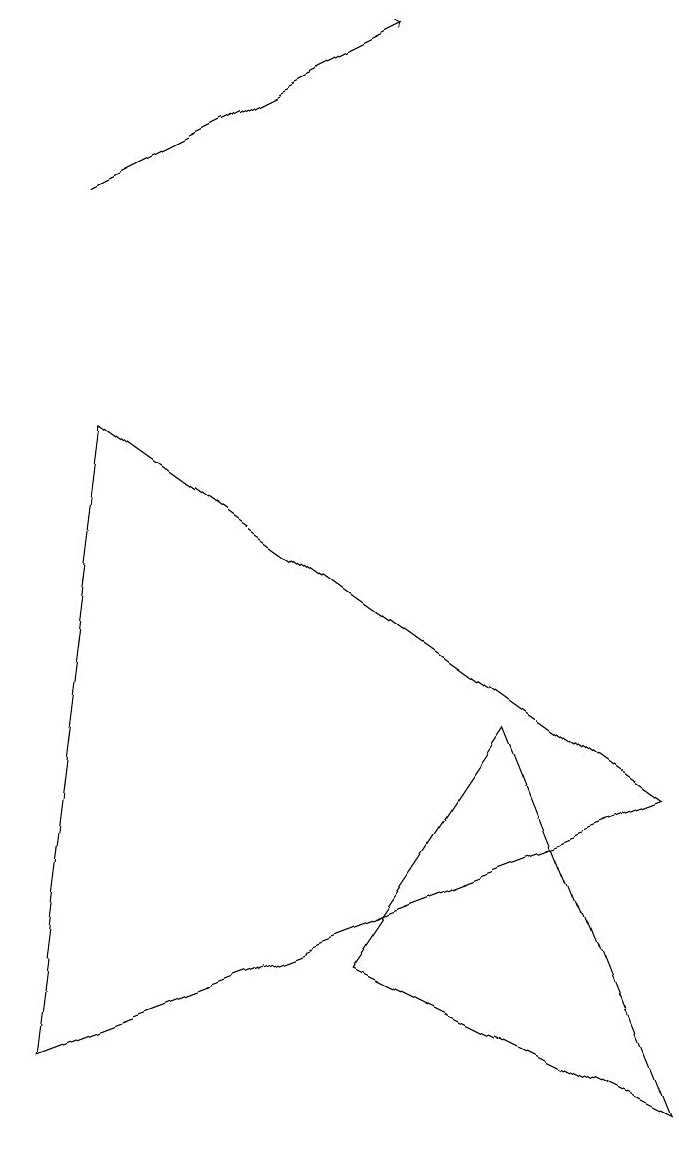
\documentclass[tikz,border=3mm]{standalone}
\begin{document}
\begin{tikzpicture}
\draw (6,5) -- (4,2) -- (8,0) -- cycle;
\draw[->] (1,12) -- (5,14);
\draw (8,4) -- (1,9) -- (0,1) -- cycle;
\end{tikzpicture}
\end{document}